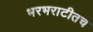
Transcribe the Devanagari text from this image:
भरभराटीतच